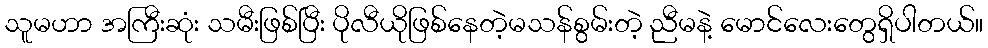
သူမဟာ အကြီးဆုံး သမီးဖြစ်ပြီး ပိုလီယိုဖြစ်နေတဲ့မသန်စွမ်းတဲ့ ညီမနဲ့ မောင်လေးတွေရှိပါတယ်။